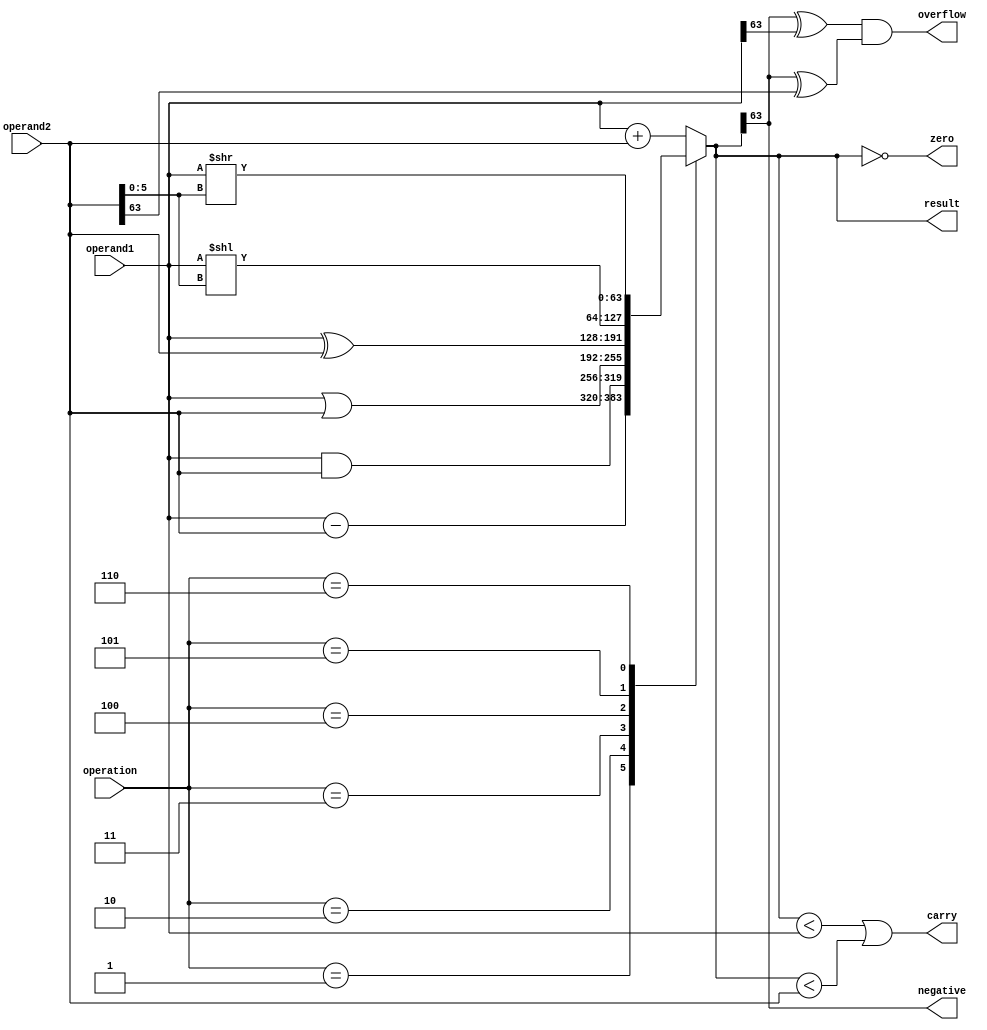
module ALU (
    input [63:0] operand1,
    input [63:0] operand2,
    input [2:0] operation,
    output reg [63:0] result,
    output reg overflow,
    output reg carry,
    output reg zero,
    output reg negative
);

reg [63:0] temp_result;

always @* begin
    case (operation)
        3'b000: result = operand1 + operand2; // Addition operation
        3'b001: result = operand1 - operand2; // Subtraction operation
        3'b010: result = operand1 & operand2; // Bitwise AND operation
        3'b011: result = operand1 | operand2; // Bitwise OR operation
        3'b100: result = operand1 ^ operand2; // Bitwise XOR operation
        3'b101: result = operand1 << operand2[5:0]; // Shift left operation
        3'b110: result = operand1 >> operand2[5:0]; // Logical shift right operation
        default: result = operand1 + operand2; // Default to addition if invalid operation
    endcase

    overflow = (result[63] ^ operand1[63]) & (result[63] ^ operand2[63]); 
    carry = (result < operand1) | (result < operand2); 
    zero = (result == 0); 
    negative = (result[63] == 1);
end
endmodule